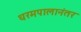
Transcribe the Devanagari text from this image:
धरमपालानंतर